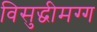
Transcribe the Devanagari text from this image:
विसुद्धीमग्ग